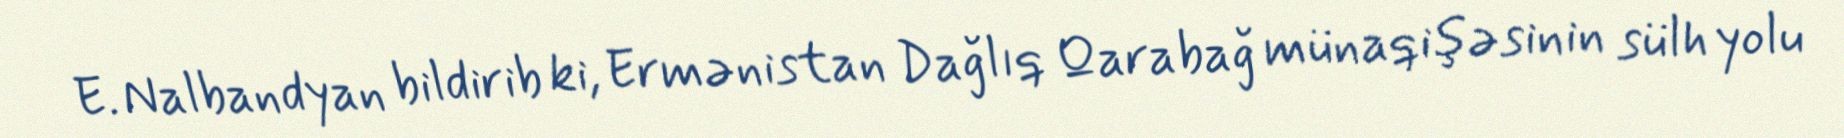
E. Nalbandyan bildirib ki, Ermənistan Dağlıq Qarabağ münaqişəsinin sülh yolu